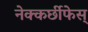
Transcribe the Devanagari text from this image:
नेक्कर्छीफेस्